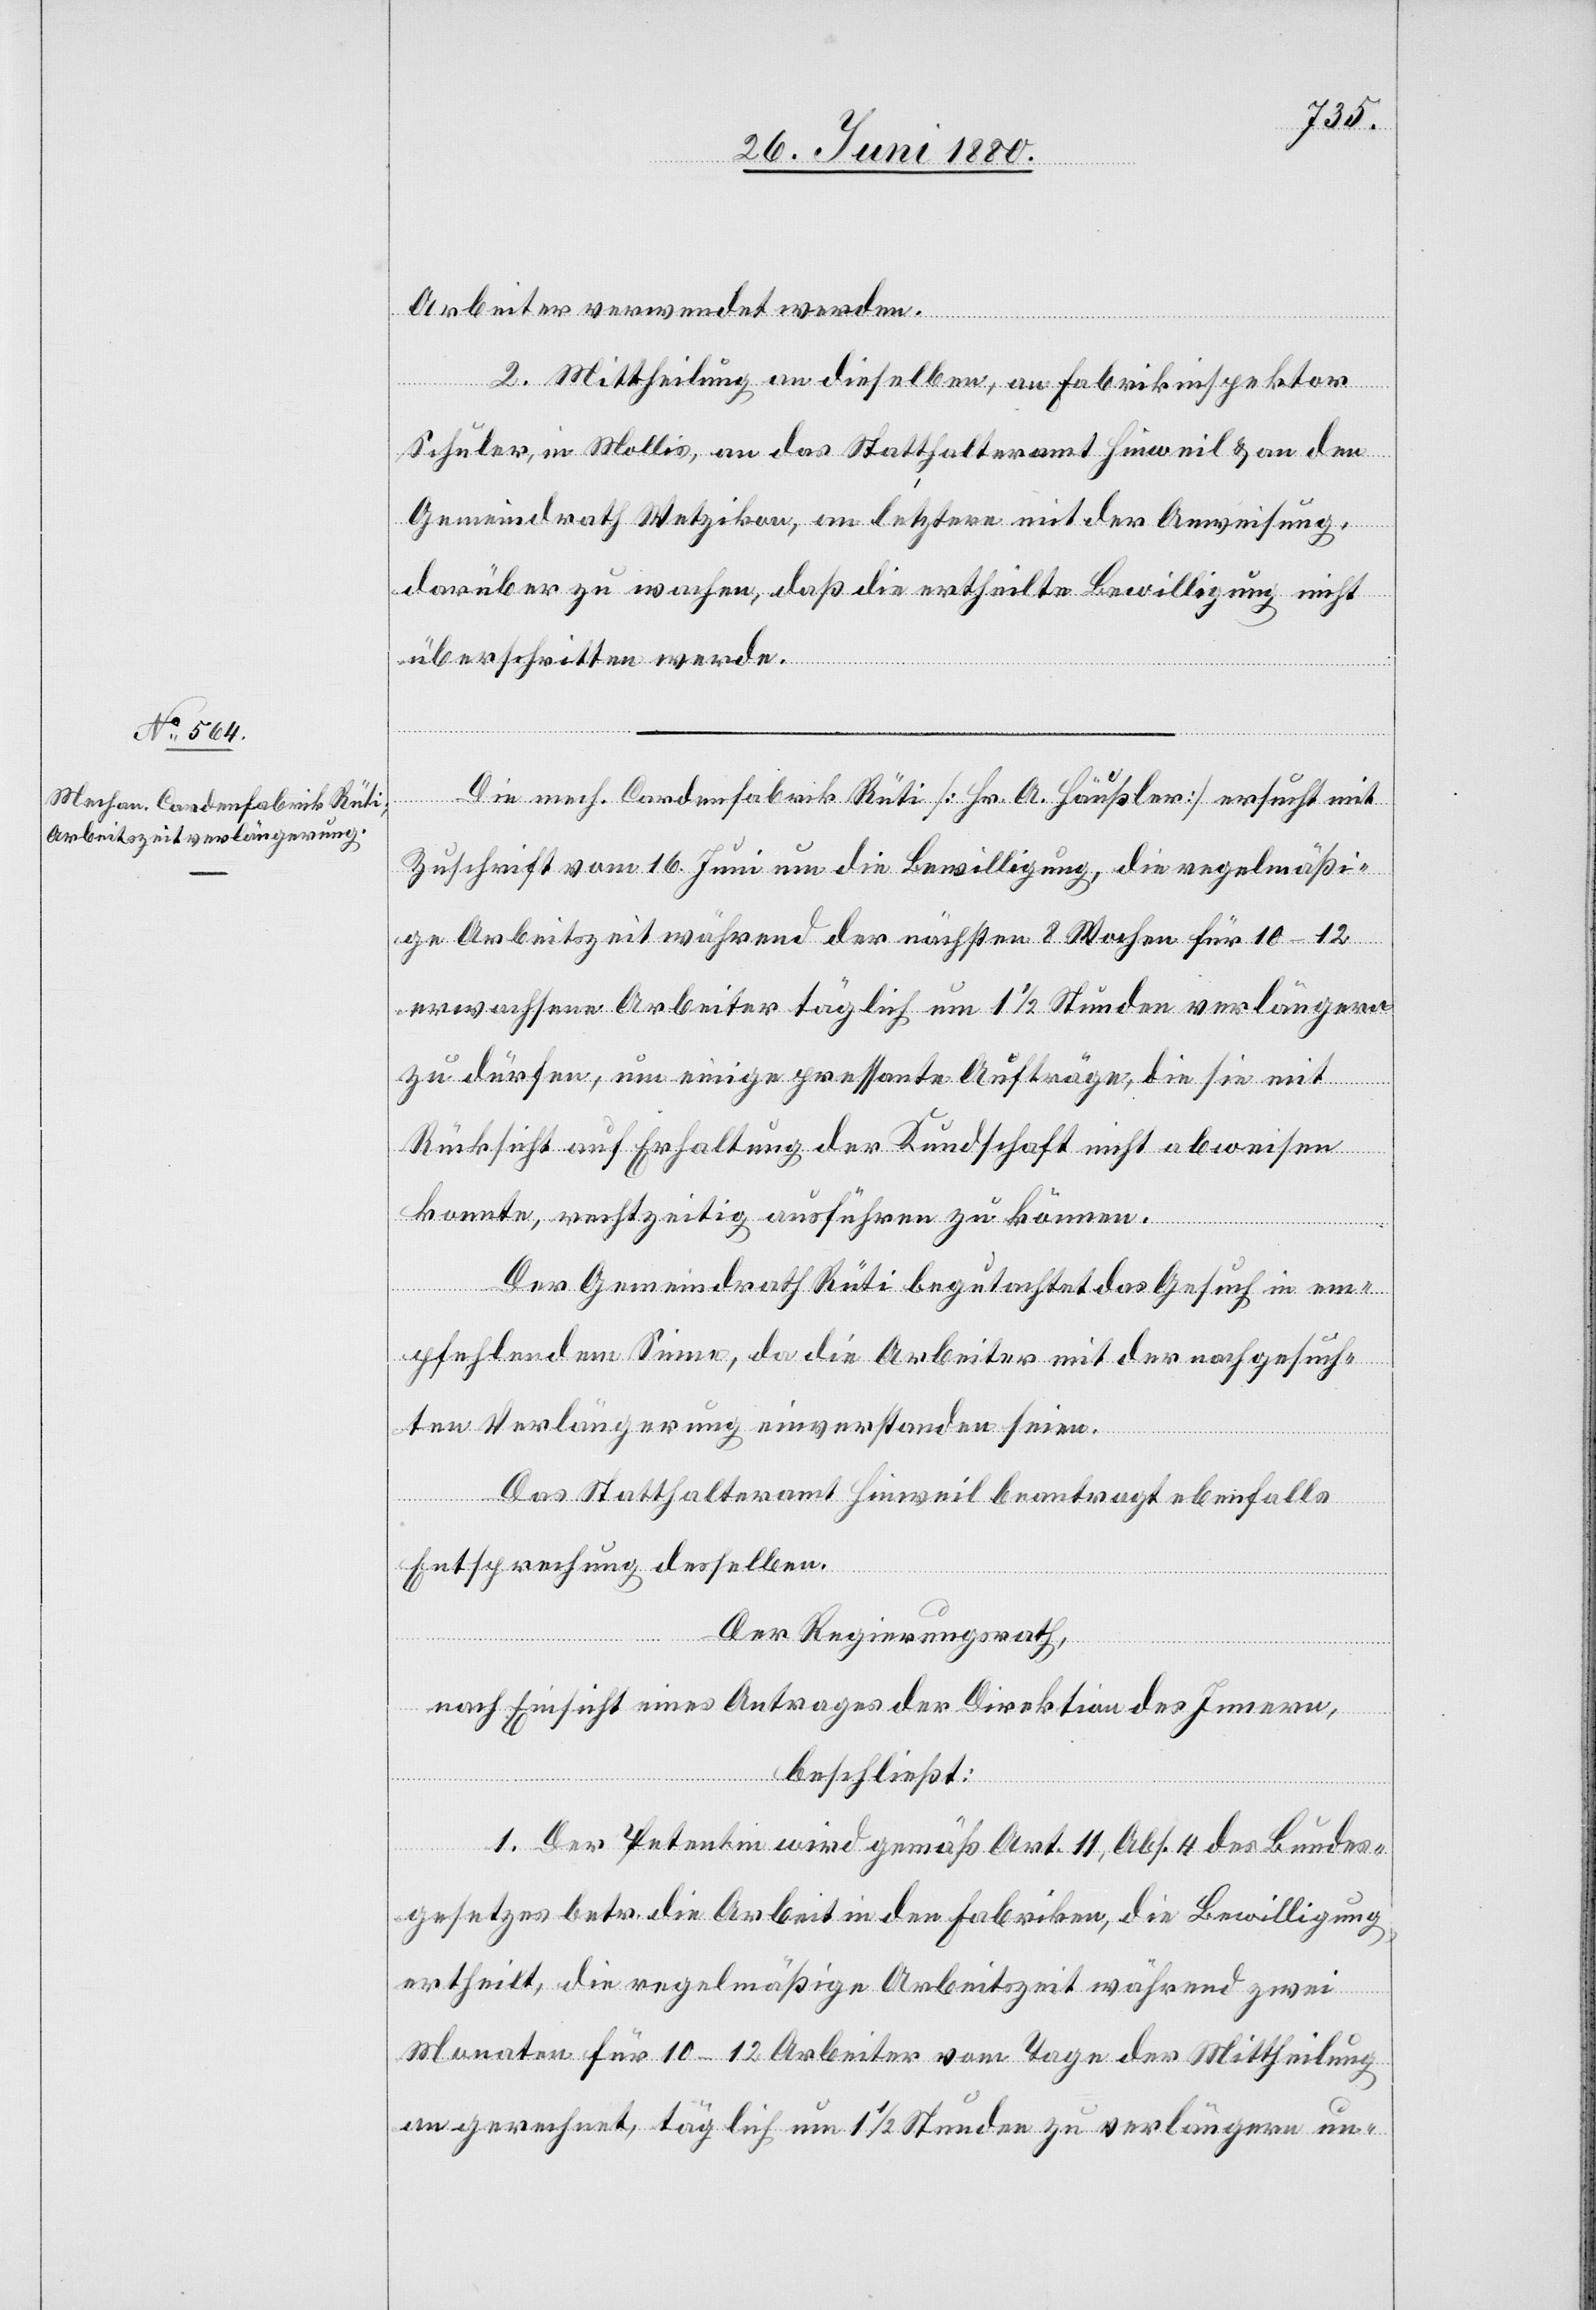
Arbeiter verwendet werden.
2. Mittheilung an dieselben, an Fabrikinspektor
Schuler, in Mollis, an das Statthalteramt Hinweil & an den
Gemeindrath Wetzikon, an letztere mit der Anweisung,
darüber zu wachen, daß die ertheilte Bewilligung nicht
überschritten werde.
Die mech. Cardenfabrik Rüti [Hr. A. Häußler] ersucht mit
Zuschrift vom 16. Juni um die Bewilligung, die regelmäßi¬
ge Arbeitszeit während der nächsten 8 Wochen für 10–12
erwachsene Arbeiter täglich um 11/2 Stunden verlängern
zu dürfen, um einige pressante Aufträge, die sie mit
Rücksicht auf Erhaltung der Kundschaft nicht abweisen
konnte, rechtzeitig ausführen zu können.
Der Gemeindrath Rüti begutachtet das Gesuch in em¬
pfehlendem Sinne, da die Arbeiter mit der nachgesuch¬
ten Verlängerung einverstanden seien.
Das Statthalteramt Hinweil beantragt ebenfalls
Entsprechung desselben.
Der Regierungsrath;
nach Einsicht eines Antrages der Direktion des Innern,
beschließt:
1. Der Petentin wird gemäß Art. 11, Abs. 4 des Bundes¬
gesetzes betr. die Arbeit in den Fabriken, die Bewilligung
ertheilt, die regelmäßige Arbeitszeit während zwei
Monaten für 10–12 Arbeiter vom Tage der Mittheilung
an gerechnet, täglich um 11/2 Stunden zu verlängern un-